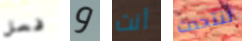
فعل و أنت لنتحدث